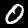
Digit: 0